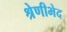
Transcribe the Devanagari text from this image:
श्रेणीभेद